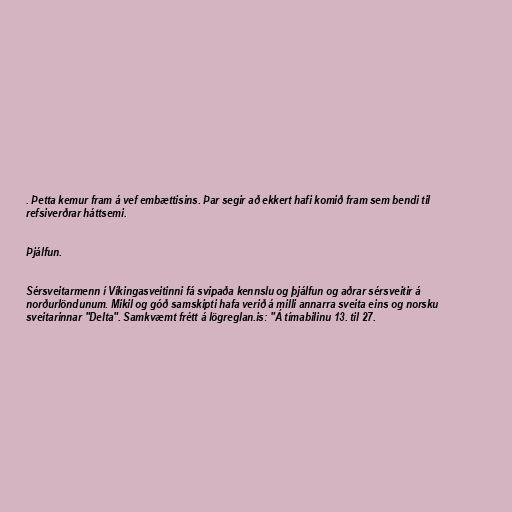
. Þetta kemur fram á vef embættisins. Þar segir að ekkert hafi komið fram sem bendi til
refsiverðrar háttsemi.

Þjálfun.

Sérsveitarmenn í Víkingasveitinni fá svipaða kennslu og þjálfun og aðrar sérsveitir á
norðurlöndunum. Mikil og góð samskipti hafa verið á milli annarra sveita eins og norsku
sveitarinnar "Delta". Samkvæmt frétt á lögreglan.is: "Á tímabilinu 13. til 27.